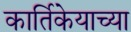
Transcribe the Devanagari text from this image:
कार्तिकेयाच्या